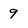
Character: 9